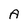
Character: A